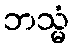
ဘသ္မံ